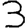
Digit: 3